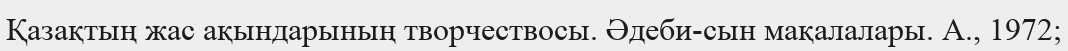
Қазақтың жас ақындарының творчествосы. Әдеби-сын мақалалары. А., 1972;